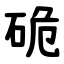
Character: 硊